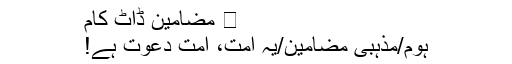
⋆ مضامین ڈاٹ کام
ہوم/مذہبی مضامین/یہ امت، امت دعوت ہے!